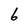
Character: 6